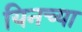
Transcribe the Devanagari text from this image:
यिनच्या